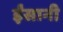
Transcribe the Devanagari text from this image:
ईंसानी